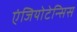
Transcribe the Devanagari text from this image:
एंजियोटेन्सिस